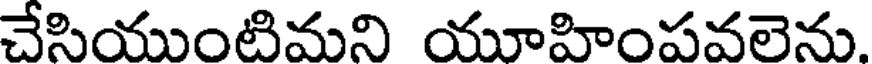
చేసియుంటిమని యూహింపవలెను